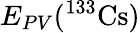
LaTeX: E_{PV}({}^{133}\mathrm{Cs})